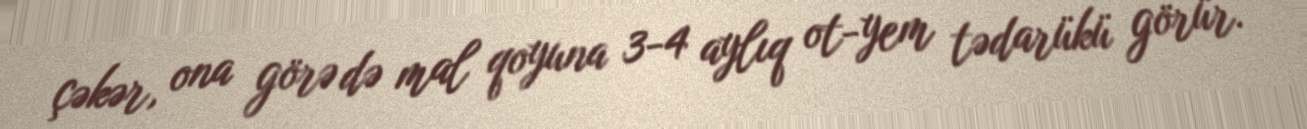
çəkər, ona görə də mal qoyuna 3-4 aylıq ot-yem tədarükü görür.